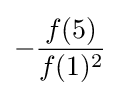
-{\frac {f(5)}{f(1)^{2}}}